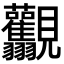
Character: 𧢰